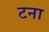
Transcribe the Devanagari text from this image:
टना